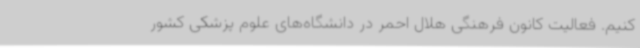
کنیم. فعالیت کانون فرهنگی هلال احمر در دانشگاه‌های علوم پزشکی کشور